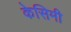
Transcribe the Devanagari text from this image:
केसिमी